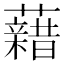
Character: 𧃫